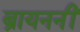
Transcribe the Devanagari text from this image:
ब्रायननीं